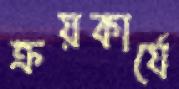
ক্রয়কার্যে